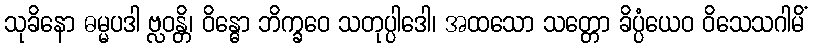
သုခိနော ဓမ္မပဒါ ဗ္လဝန္တိ၊ ဝိန္ဓော ဘိက္ခဝေ သတုပ္ပါဒေါ၊ အထသော သတ္တော ခိပ္ပံယေဝ ဝိသေသဂါမိံ